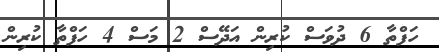
ހަފްތާ 6 ދުވަސް ކުރިން އަދޭސް 2 މަސް 4 ހަފްތާ ކުރިން